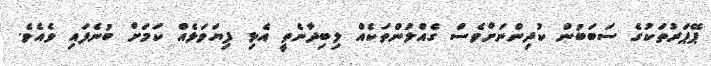
ޕޭޕަރުތަކުގެ ސަބަބުން ކުދިންނަށްވެސް ގެއްލުންތަކެއް ލިބިދާނެތީ އެޅި ފިޔަވަޅެއް ކަމަށް ބުނެފައި ވެއެވެ.